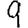
Digit: 9